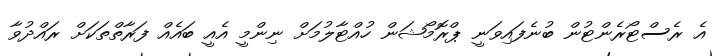
އެ ރެސްޓޯރެންޓުން ބުނެފައިވަނީ ޕްރޮމޯޝަން ހުއްޓާލުމަށް ނިންމީ އެއީ ބައެއް ފަރާތްތަކަށް ރައްދުވާ